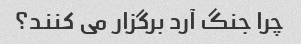
چرا جنگ آرد برگزار می کنند؟